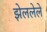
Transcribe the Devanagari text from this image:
झेललेले